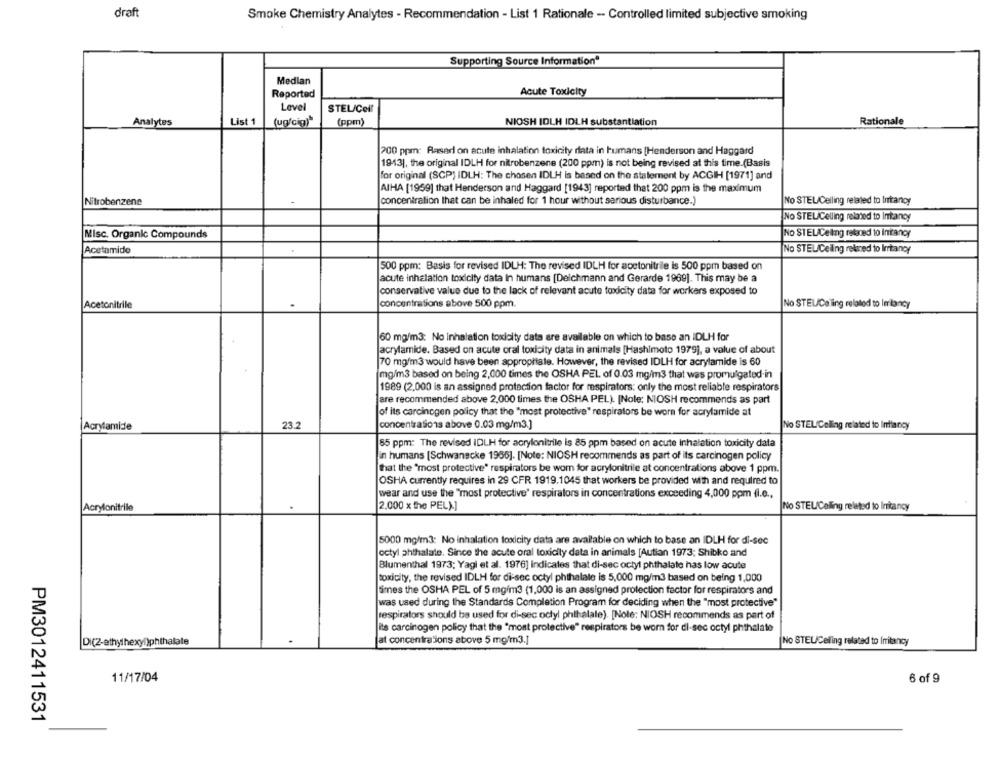
draft
Smoke Chemistry Analytes - Recommendation - List 1 Rationale -- Controlled limited subjective smoking
Supporting Source Information"
Medlan
Acute Toxicity
Reported
Level
STEL/Cell
Analytes
List 1
(ug/cig)"
(ppm)
NIOSH IDLH IDLH substantiation
Rationale
200 ppm: Raserl on acute inhalation toxicity data in humans [Henderson and Haggard
1943), the original IDLH for nitrobenzene (200 ppm) is not being revised at this time.(Basis
for original (SCP) IDLH: The chosen IDLH is based on the statement by ACGIH [1971] and
AIHA [1959] that Henderson and Haggard [1943] reported that 200 ppm is the maximum
Nitrobenzene
concentration that can be inhaled for 1 hour without serious disturbance.)
No STEL/Celling related to Infancy
No STELICelling related to Intancy
Misc. Organic Compounds
No STELICeling relaned to Intancy
Acetamide
No STELICeling refined to Irrtancy
500 ppm: Basis for revised IDLH: The revised IDLH for acetonitrile is 500 ppm based on
acute inhalation toxicity data In humans [Deichmann and Gerarde 1969]. This may be a
conservative value due to the lack of relevant acute toxicity data for workers exposed to
Acetonitrile
concentrations above 500 ppm.
No STEL/Caling related to lerlancy
60 mg/m3: No Inhalation toxicity data are available on which to base an IDLH for
acrylamide. Based on acute oral toxicity data in animals [Hashimoto 1979], a value of about
70 mg/m3 would have been appropriate. However, the revised IDLH for acrylamide is 60
mg/m3 based on being 2,000 times the OSHA PEL of 0.03 mg/m3 that was promulgated-in
1989 (2,000 is an assigned protection factor for respirators: only the most reliable respirators
are recommended above 2,000 times the OSHA PEL). [Note: NIOSH recommends as part
of its carcinogen policy that the "most protective" respirators be worn for acrylamide at
Acrylamide
23
concentrations above 0.03 mg/m3.]
No STEL/Celling related to Intiancy
85 ppm: The revised IDLH for acrylonitrile is 85 ppm based on acute inhalation toxicity data
in humans [Schwanecke 1986]. [Note: NIOSH recommends as part of its carcinogen policy
that the "most protective" respirators be wom for acrylonitrile at concentrations above 1 ppm.
OSHA currently requires in 29 CFR 1919.1045 that workers be provided with and required to
wear and use the "most protective' respiralors in concentrations exceeding 4,000 ppm fi.e .,
Acrylonitrile
2,000 x the PEL).]
No STELCaling related to Imitancy
5000 mg/m3: No inhalation toxicity data are available on which to base an IDLH for di-sec
octyl phthalate. Since the acute oral toxicity data in animals [Autian 1973; Shibko and
Blumenthal 1973; Yagi et al. 1976] indicates that di-sec octyl phthalate has low acute
toxicity, the revised IDLH for di-sec octyl phthalale is 5,000 mg/m3 based on being 1,000
times the OSHA PEL of 5 mgim3 (1,000 is an assigned protection factor for respirators and
was used during the Standards Completion Program for deciding when the "most protective"
respirators should be used for di-sec octyl phthalale). [Note; NIOSH recommends as part of
its carcinogen policy that the "most protective" respirators be worn for di-sec octyl phthalate
Di(Z-ethylhexyl)phthalate
at concentrations above 5 mg/m3.]
No STEL/Celling related to Irritancy
11/17/04
6 of 9
PM3012411531